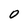
Character: O